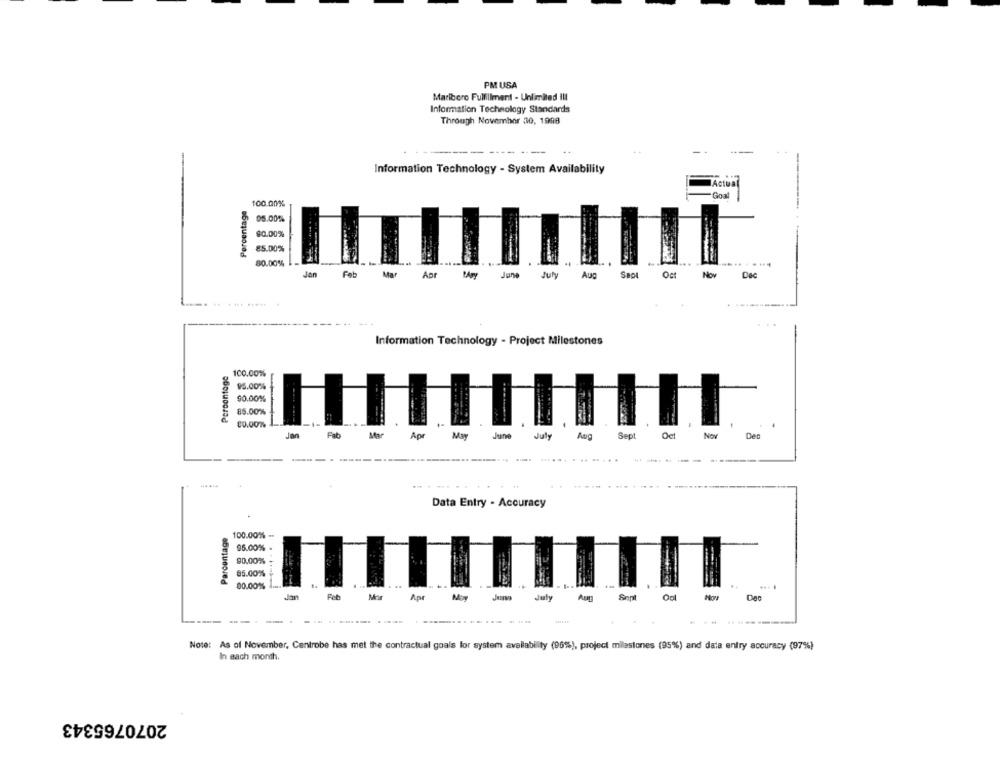
PM USA
Marlboro Fulfillment - Unlimited Ill
Information Technology Standards
Through November 30, 1998
-
---
Information Technology - System Availability
Actual
Goal
Percentage
100.00%%
05.00%
90.00%
85.00%
80.00%
Jan
Feb
Mar
Apr
June
July
Aug
SBO
Oct
No
Information Technology - Project Milestones
Percentage
100.00%
95.00%
90.00%
85.00%
-1-
. .
Jan
Fab
Mar
Apr
June
Sept
Oct
Det
July
......
----
Data Entry - Accuracy
Parcentage
100.00%% -
96.00% .
90.00%
86.00%
00.00% -m.
Ap
M
July
Sent
Hor
Dac
-
---- --
...
Note: As of November, Centrobe has met the contractual goals for system availability (96%), project milestones (95%) and data entry accuracy (97%)
In each month.
2070765343